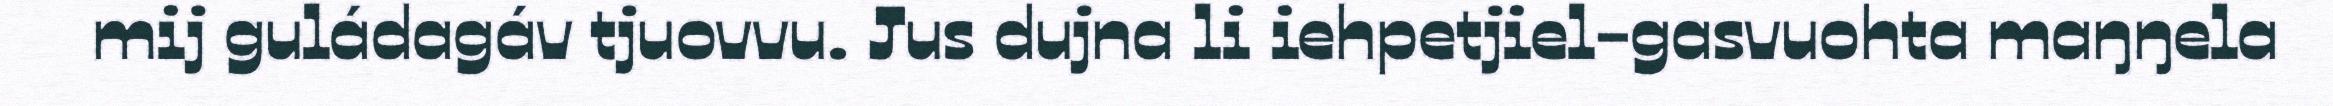
mij guládagáv tjuovvu. Jus dujna li iehpetjiel-gasvuohta maŋŋela